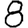
Digit: 8